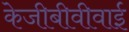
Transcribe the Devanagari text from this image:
केजीबीवीवाई